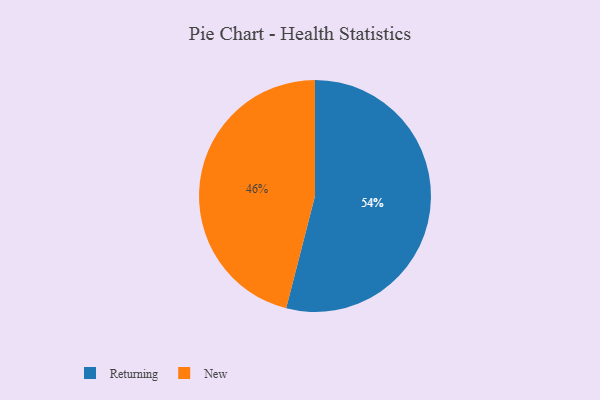
{"axis": {"x": "Category", "y": "Percentage"}, "legend": ["New", "Returning"], "data": [{"x": "Returning", "y": 54, "type": "Returning"}, {"x": "New", "y": 46, "type": "New"}]}